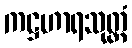
ကဋ္ဌဟာရသုတ္တံ